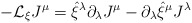
\begin{align*}-{\cal L}_{\xi} J^{\mu} = \hat \xi^{\lambda} \partial_{\lambda} J^{\mu} -\partial_\lambda \hat \xi^\mu J^{\lambda } \end{align*}